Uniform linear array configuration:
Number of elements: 48
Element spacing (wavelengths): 0.5
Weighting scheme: hann
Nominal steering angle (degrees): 30
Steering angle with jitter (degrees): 30.558
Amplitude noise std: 0.05
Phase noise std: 0.05

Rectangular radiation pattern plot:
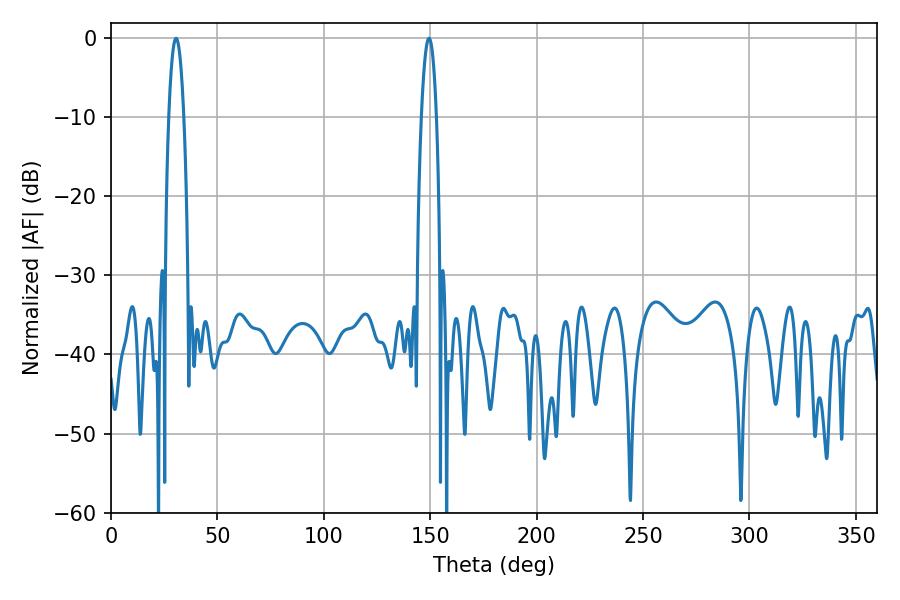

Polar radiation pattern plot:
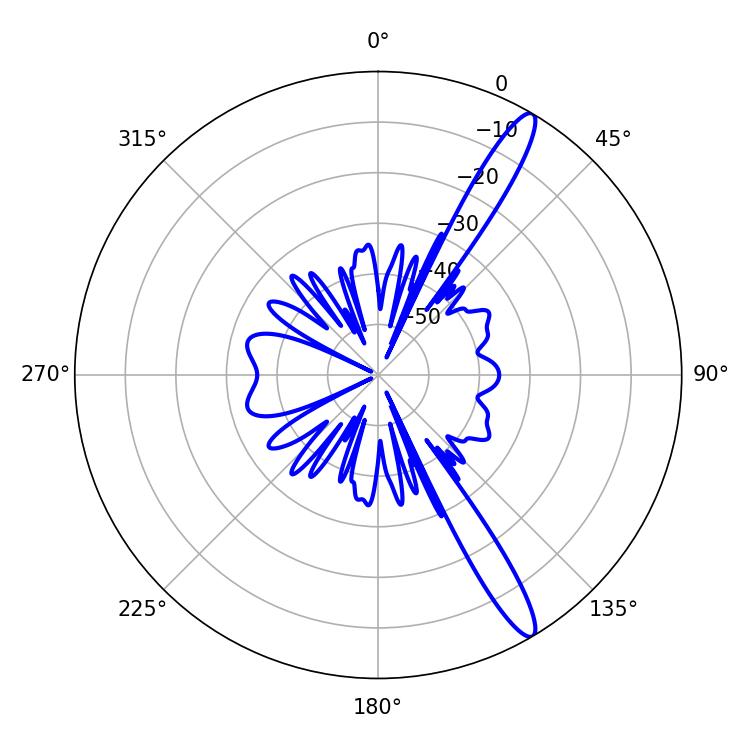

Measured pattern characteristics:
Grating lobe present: FALSE
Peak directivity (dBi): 14.247
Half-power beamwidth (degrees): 3.96
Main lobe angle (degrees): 30.6